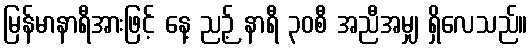
မြန်မာနာရီအားဖြင့် နေ့ ညဉ့် နာရီ ၃၀စီ အညီအမျှ ရှိလေသည်။